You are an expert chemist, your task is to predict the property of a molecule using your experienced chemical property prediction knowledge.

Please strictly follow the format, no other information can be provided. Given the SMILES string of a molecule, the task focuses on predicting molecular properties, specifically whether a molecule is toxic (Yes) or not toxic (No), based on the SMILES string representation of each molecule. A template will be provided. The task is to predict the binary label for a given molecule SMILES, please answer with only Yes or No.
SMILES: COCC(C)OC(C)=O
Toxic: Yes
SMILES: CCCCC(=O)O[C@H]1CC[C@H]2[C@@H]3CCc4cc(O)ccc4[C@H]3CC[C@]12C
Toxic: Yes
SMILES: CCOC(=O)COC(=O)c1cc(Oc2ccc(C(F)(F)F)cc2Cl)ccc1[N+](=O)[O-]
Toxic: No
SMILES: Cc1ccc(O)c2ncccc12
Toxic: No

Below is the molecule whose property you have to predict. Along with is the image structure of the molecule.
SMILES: CCc1ccc(CCOc2ccc(CC3SC(=O)NC3=O)cc2)nc1
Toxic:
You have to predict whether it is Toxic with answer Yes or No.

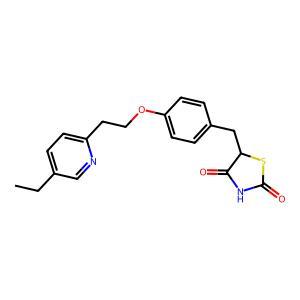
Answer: No